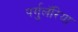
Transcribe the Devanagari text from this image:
पर्गुलॅरिया